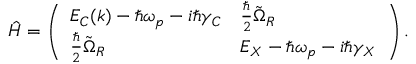
\hat { H } = \left( \begin{array} { l l } { E _ { C } ( k ) - \hbar \omega _ { p } - i \hbar \gamma _ { C } } & { \frac { \hbar } { 2 } \tilde { \Omega } _ { R } } \\ { \frac { \hbar } { 2 } \tilde { \Omega } _ { R } } & { E _ { X } - \hbar \omega _ { p } - i \hbar \gamma _ { X } } \end{array} \right) .